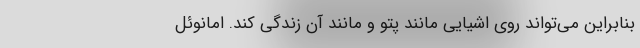
بنابراین می‌تواند روی اشیایی مانند پتو و مانند آن زندگی کند. امانوئل